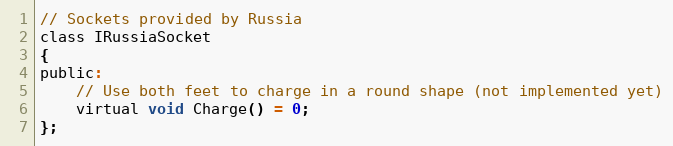
Language: C
// Sockets provided by Russia
class IRussiaSocket
{
public:
    // Use both feet to charge in a round shape (not implemented yet)
    virtual void Charge() = 0;
};